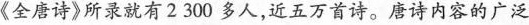
《全唐诗》所录就有2300多人，近五万首诗。唐诗内容的广泛